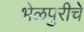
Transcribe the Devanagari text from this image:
भेळपुरीचे